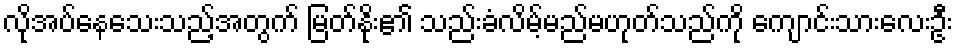
လိုအပ်နေသေးသည့်အတွက် မြတ်နိုး၏ သည်းခံလိမ့်မည်မဟုတ်သည်ကို ကျောင်းသားလေးဦး